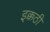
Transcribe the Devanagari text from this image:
इक्कठी